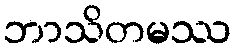
ဘာသိတမဿ